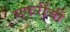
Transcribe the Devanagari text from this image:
सफरींची